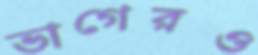
ভাগেরও